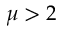
\mu > 2